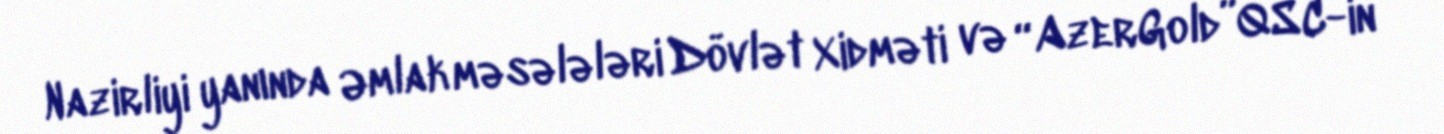
Nazirliyi yanında Əmlak məsələləri Dövlət Xidməti və “AzerGold”QSC-in